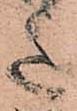
意